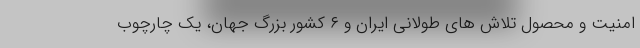
امنیت و محصول تلاش های طولانی ایران و ۶ کشور بزرگ جهان، یک چارچوب